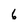
Character: 6